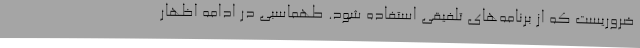
ضروریست که از برنامه‌های تلفیقی استفاده شود. طهماسبی در ادامه اظهار